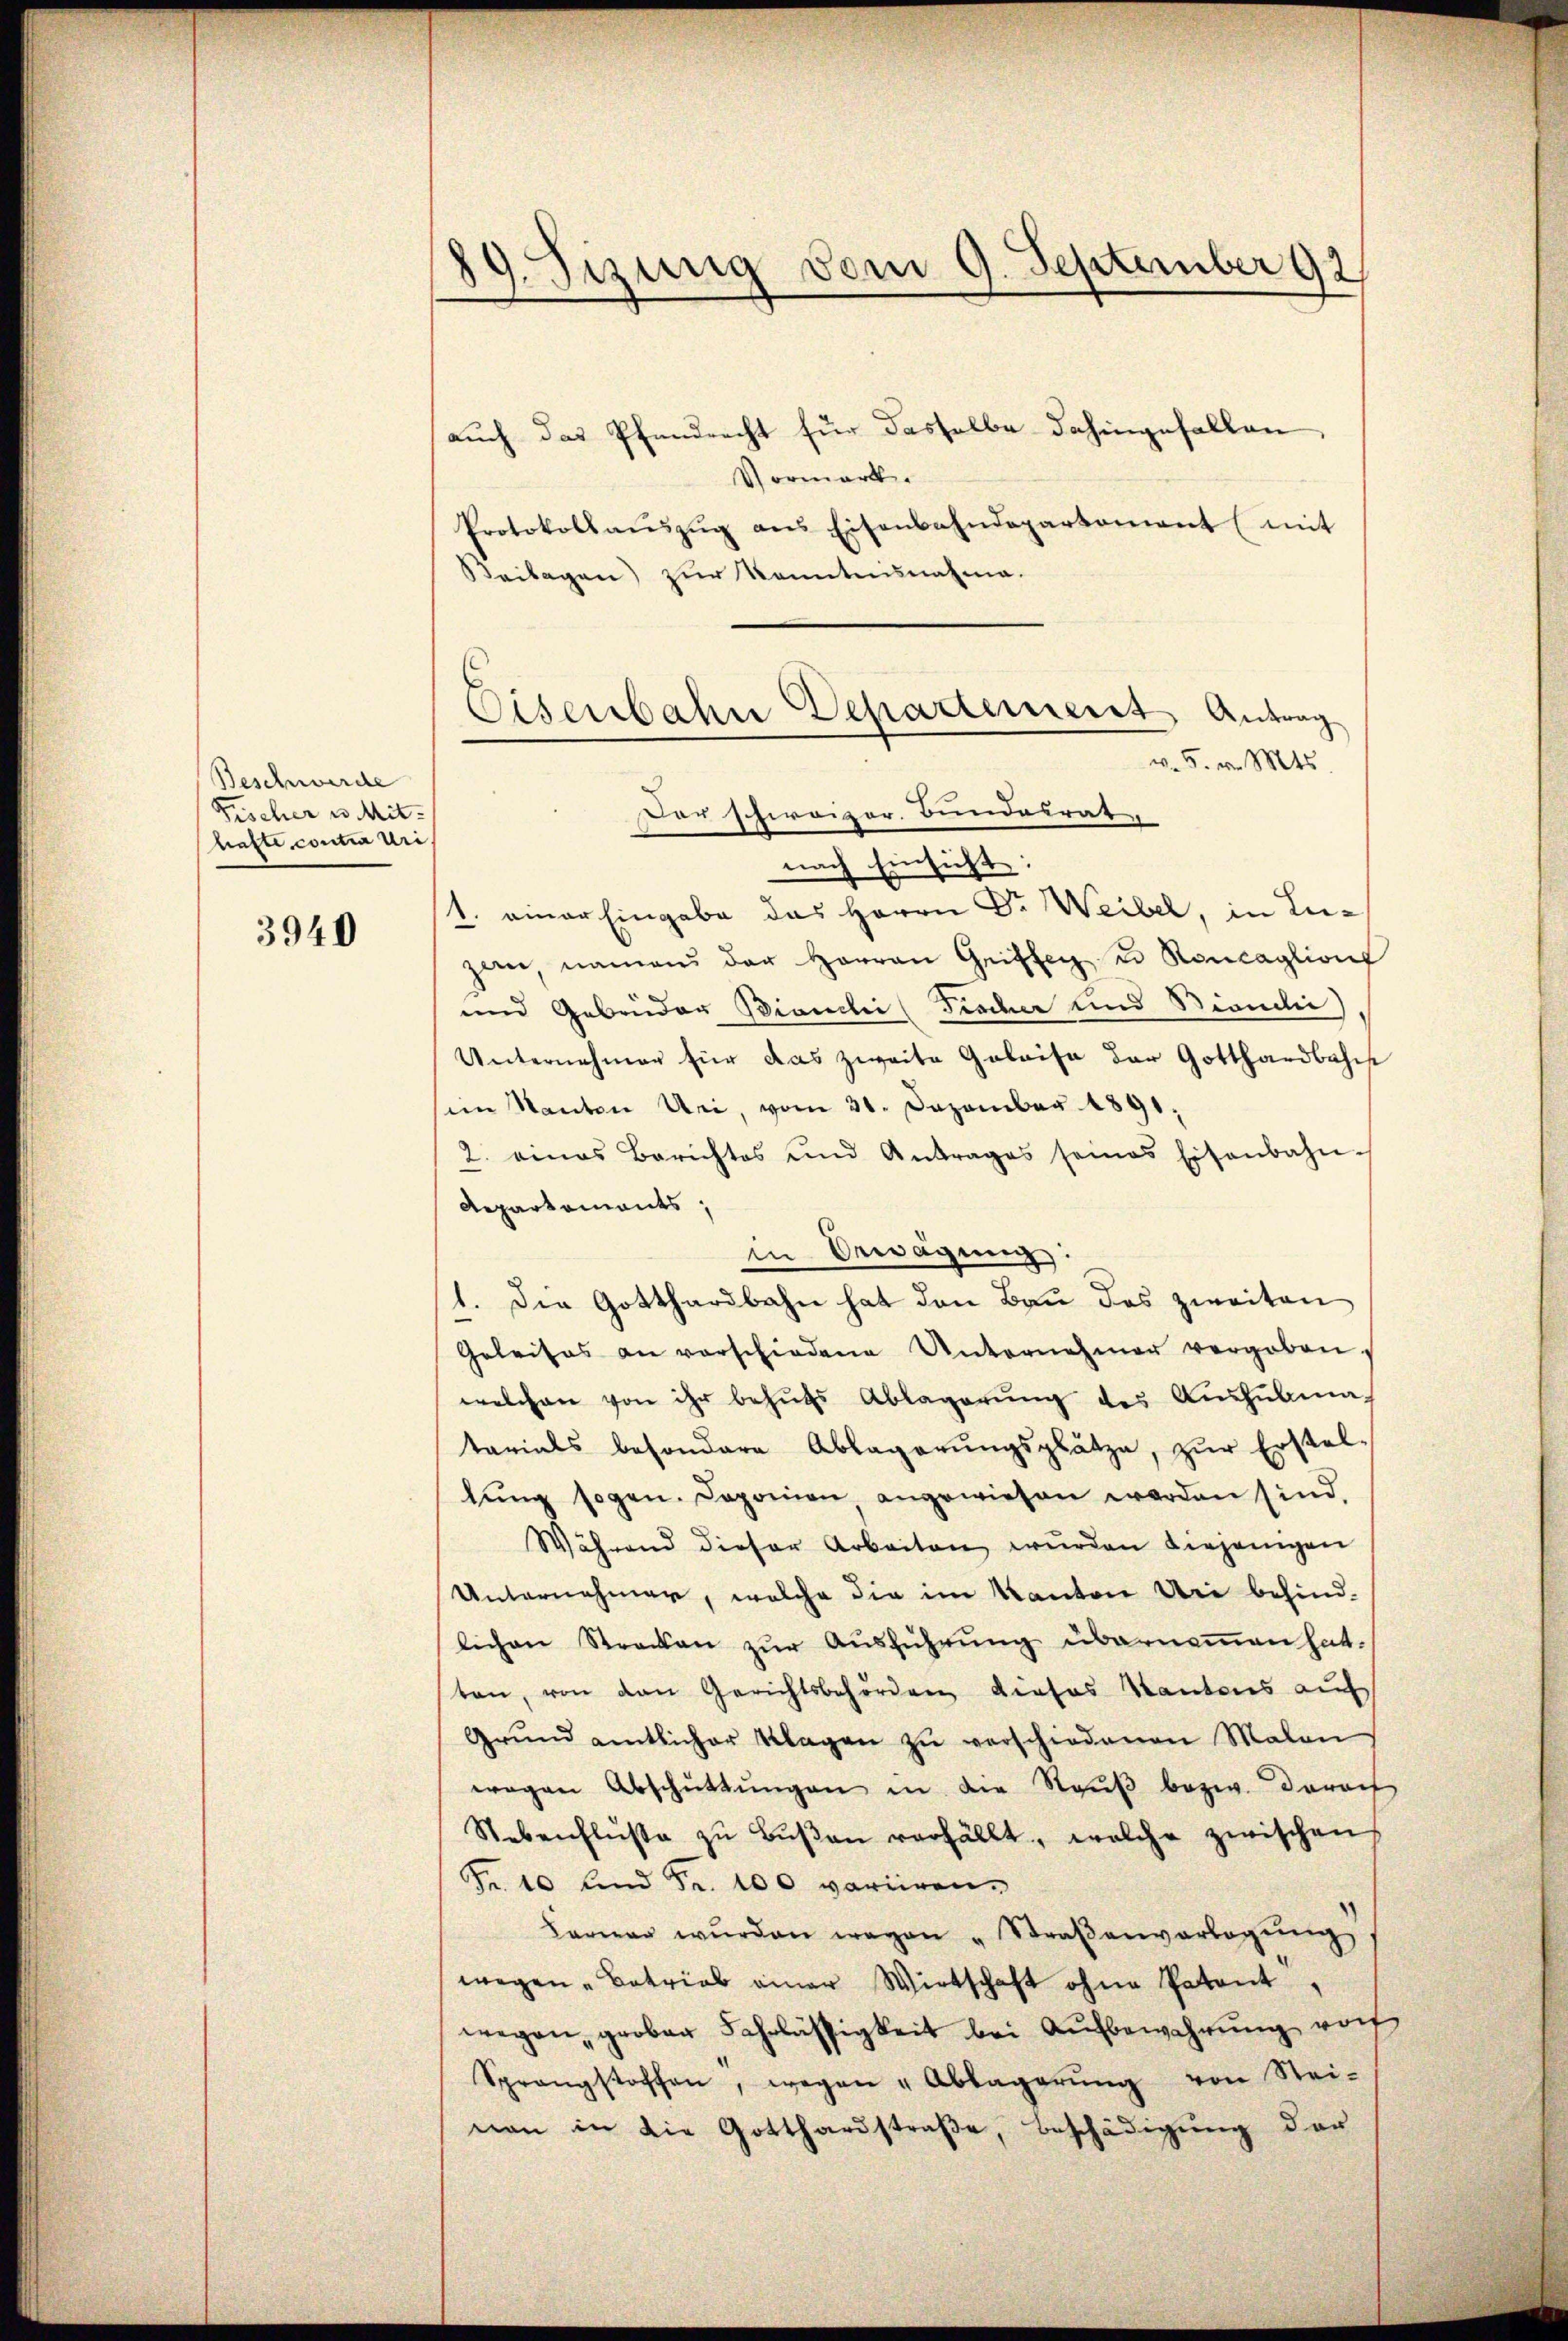
Beschwerde
Frischer u. Mit-
hafte contia Uri

3940

89. Fizung vom 9. September 92

auch das Pfandrecht für dasselbe dahingefallen,
Vormark
Protokollaŭszŭg ans Eisenbahndepartement (mit
Beilagen) zur konntensnahme.
Der schweizer. Bundesrat
nach Einsicht
1. einer Eingabe das Herrn Dr. Weibel, in Leizan namen der Herren Greiffer u. Roncaglion
und Gebrüder Bianchi (Fischer und Bianclie)
Unternehmer für das zweite Geleise der Gotthardbahns
sim Kanton Uri, vom 21. Dezember 1891.
2. eines Berichtes und Antrages seines Eisenbahn-
Repartements,
in Bewägung:
1. Die Gotthardbahn hat den Bau das zweiten
Geleises an vorschiedene Unternehmer vergaben.
welchen von ihr behŭfs Ablagerŭng des Aŭshŭbma-
tarials besondere Ablagerŭngsplätze, zŭr Erstel-
lŭng sogen. Daponien angewiesen werden sind,
Während dieser Arbeiten würden diejenigen
Unternehmer, welche die im Kanton Uri behind-
lichen Strecken zŭr Aŭsführŭng übernoṁen hat.
ten, von den Gerichtsbehörden dieses Kantons auf
Grŭnd amtlicher Klagen zŭ verschiedenen Malen
wegen Abschüttŭngen in der Raŭβ bezw. Darauf
Nebenflŭβe zŭ Bŭβen verfällt, welche zwischen
Fr. 10 und Fr. 100 variiren.
Farner wurden wegen "Straβenverlegŭng
wegen Betrieb einer Wirtschaft ohne Patent
wegen, grober Fahrlässigkeit bei Aŭfbewahrung roch
Sprengstoffen, wegen " Ablagerŭng von Stei-
nen in die Gotthardstraβe, Beschädigung der

Eisenbahn Departement Antrag
v. 5. v. Mts